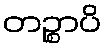
တဉ္စာပိ